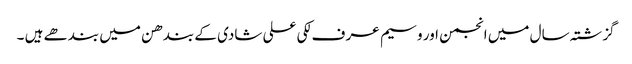
گزشتہ سال میں انجمن اور وسیم عر ف لکی علی شادی کے بندھن میں بندھے ہیں ۔